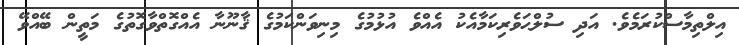
އިލްތިމާސްކުރަމެވެ. އަދި ސުލްޙަވެރިކަމާއެކު އެއްވެ އުޅުމުގެ މިނިވަންކަމުގެ ޤާނޫނާ އެއްގޮތްވާގޮތުގެ މަތީން ބޭއްވޭ